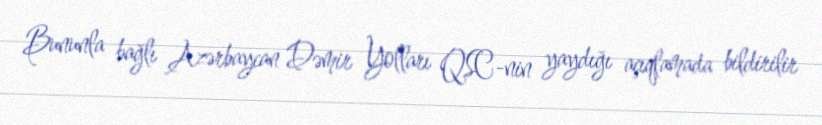
Bununla bağlı Azərbaycan Dəmir Yolları QSC-nin yaydığı açıqlamada bildirilir